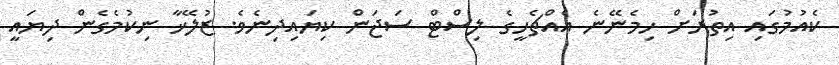
ކެއުމުގައި އިތުރަށް ހިމެނޭނެ އެއްޗެހީގެ ލިސްޓް ސަޖަން ކިޔައިދިނެވެ. ޒުލޭޚާ ނިކުމެގެން ދިޔައީ